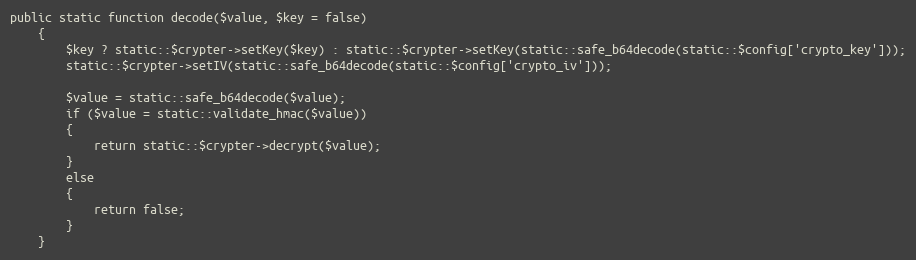
Language: PHP
public static function decode($value, $key = false)
	{
		$key ? static::$crypter->setKey($key) : static::$crypter->setKey(static::safe_b64decode(static::$config['crypto_key']));
		static::$crypter->setIV(static::safe_b64decode(static::$config['crypto_iv']));

		$value = static::safe_b64decode($value);
		if ($value = static::validate_hmac($value))
		{
			return static::$crypter->decrypt($value);
		}
		else
		{
			return false;
		}
	}